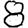
Digit: 8